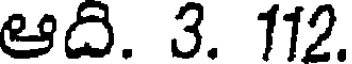
ఆది. 3. 112.